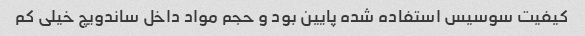
کیفیت سوسیس استفاده شده پایین بود و حجم مواد داخل ساندویچ خیلی کم